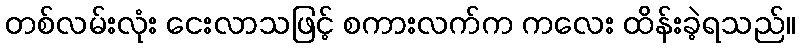
တစ်လမ်းလုံး ငေးလာသဖြင့် စကားလက်က ကလေး ထိန်းခဲ့ရသည်။